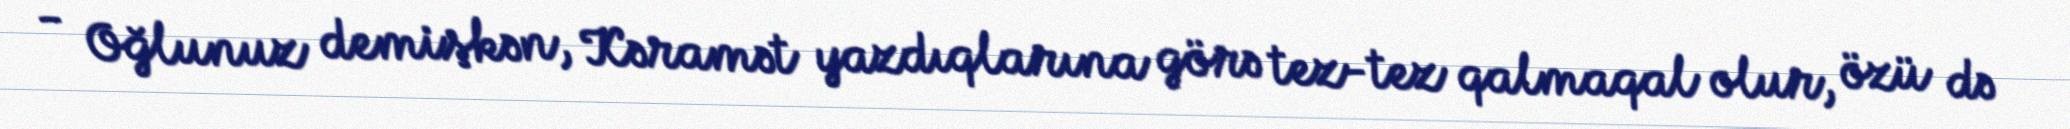
- Oğlunuz demişkən, Kəramət yazdıqlarına görə tez-tez qalmaqal olur, özü də